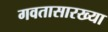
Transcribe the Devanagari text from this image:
गवतासारख्या